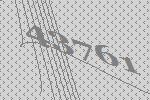
43761